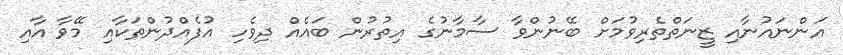
އަންނައުނާއި ޒީނަތްތެރިވުމަށް ބޭނުންވާ ސާމާނުގެ އިތުރުން ބައެއް ދިވެހި އުފެއްދުންތަކާއި މޭވާ އާއި